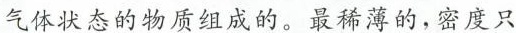
气体状态的物质组成的。最稀薄的，密度只